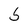
Character: S